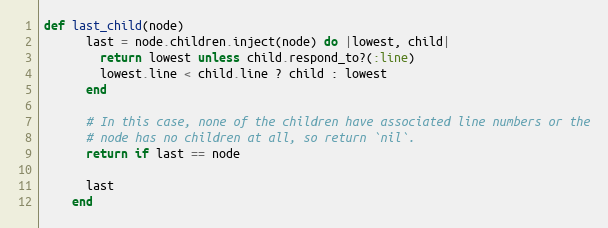
Language: Ruby
def last_child(node)
      last = node.children.inject(node) do |lowest, child|
        return lowest unless child.respond_to?(:line)
        lowest.line < child.line ? child : lowest
      end

      # In this case, none of the children have associated line numbers or the
      # node has no children at all, so return `nil`.
      return if last == node

      last
    end